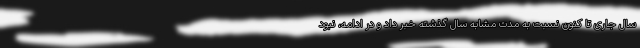
سال جاری تا کنون نسبت به مدت مشابه سال گذشته خبر داد و در ادامه، نبود